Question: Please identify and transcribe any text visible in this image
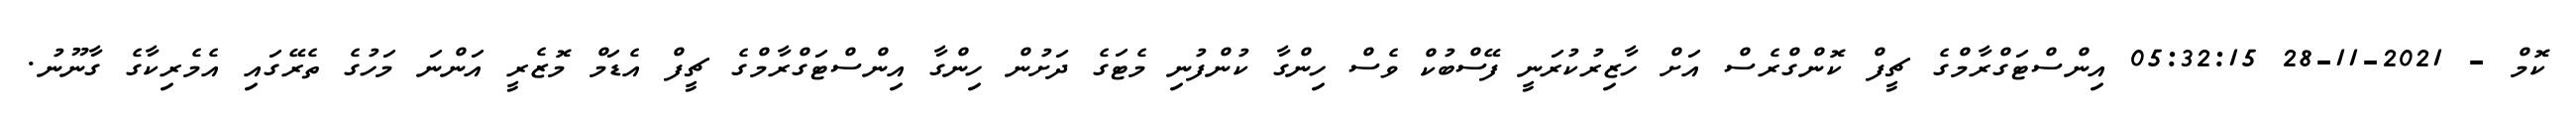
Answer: ކޮމް - 2021-11-28 05:32:15 އިންސްޓަގްރާމްގެ ޗީފް ކޮންގްރެސް އަށް ހާޒިރުކުރަނީ ފޭސްބުކް ވެސް ހިންގާ ކުންފުނި މެޓަގެ ދަށުން ހިންގާ އިންސްޓަގްރާމްގެ ޗީފް އެޑަމް މޮޒެރީ އަންނަ މަހުގެ ތެރޭގައި އެމެރިކާގެ ގާނޫނު.